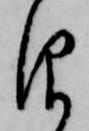
仰